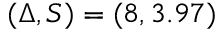
( \Delta , S ) = ( 8 , 3 . 9 7 )